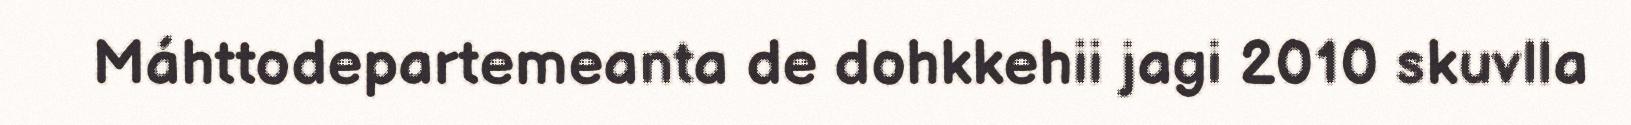
Máhttodepartemeanta de dohkkehii jagi 2010 skuvlla